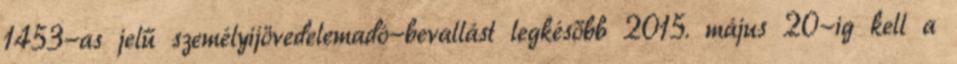
1453-as jelű személyijövedelemadó-bevallást legkésőbb 2015. május 20-ig kell a